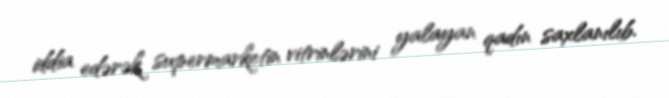
iddia edərək supermarketin vitrinlərini yalayan qadın saxlanılıb.